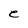
Character: e